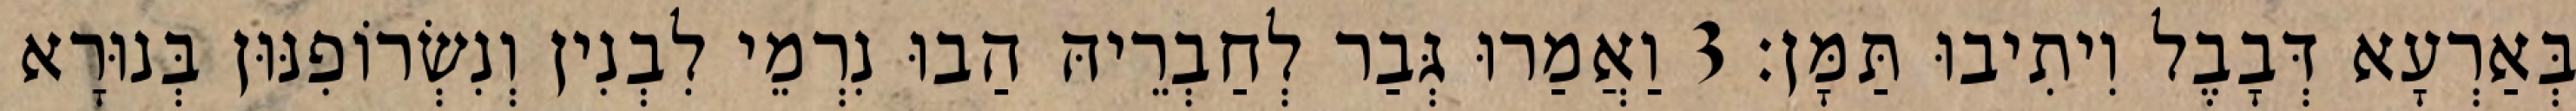
בְּאַרְעָא דְּבָבֶל וִיתִיבוּ תַּמָּן׃ 3 וַאֲמַרוּ גְּבַר לְחַבְרֵיהּ הַבוּ נִרְמֵי לִבְנִין וְנִשְׂרוֹפִנּוּן בְּנוּרָא